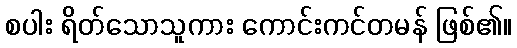
စပါး ရိတ်သောသူကား ကောင်းကင်တမန် ဖြစ်၏။